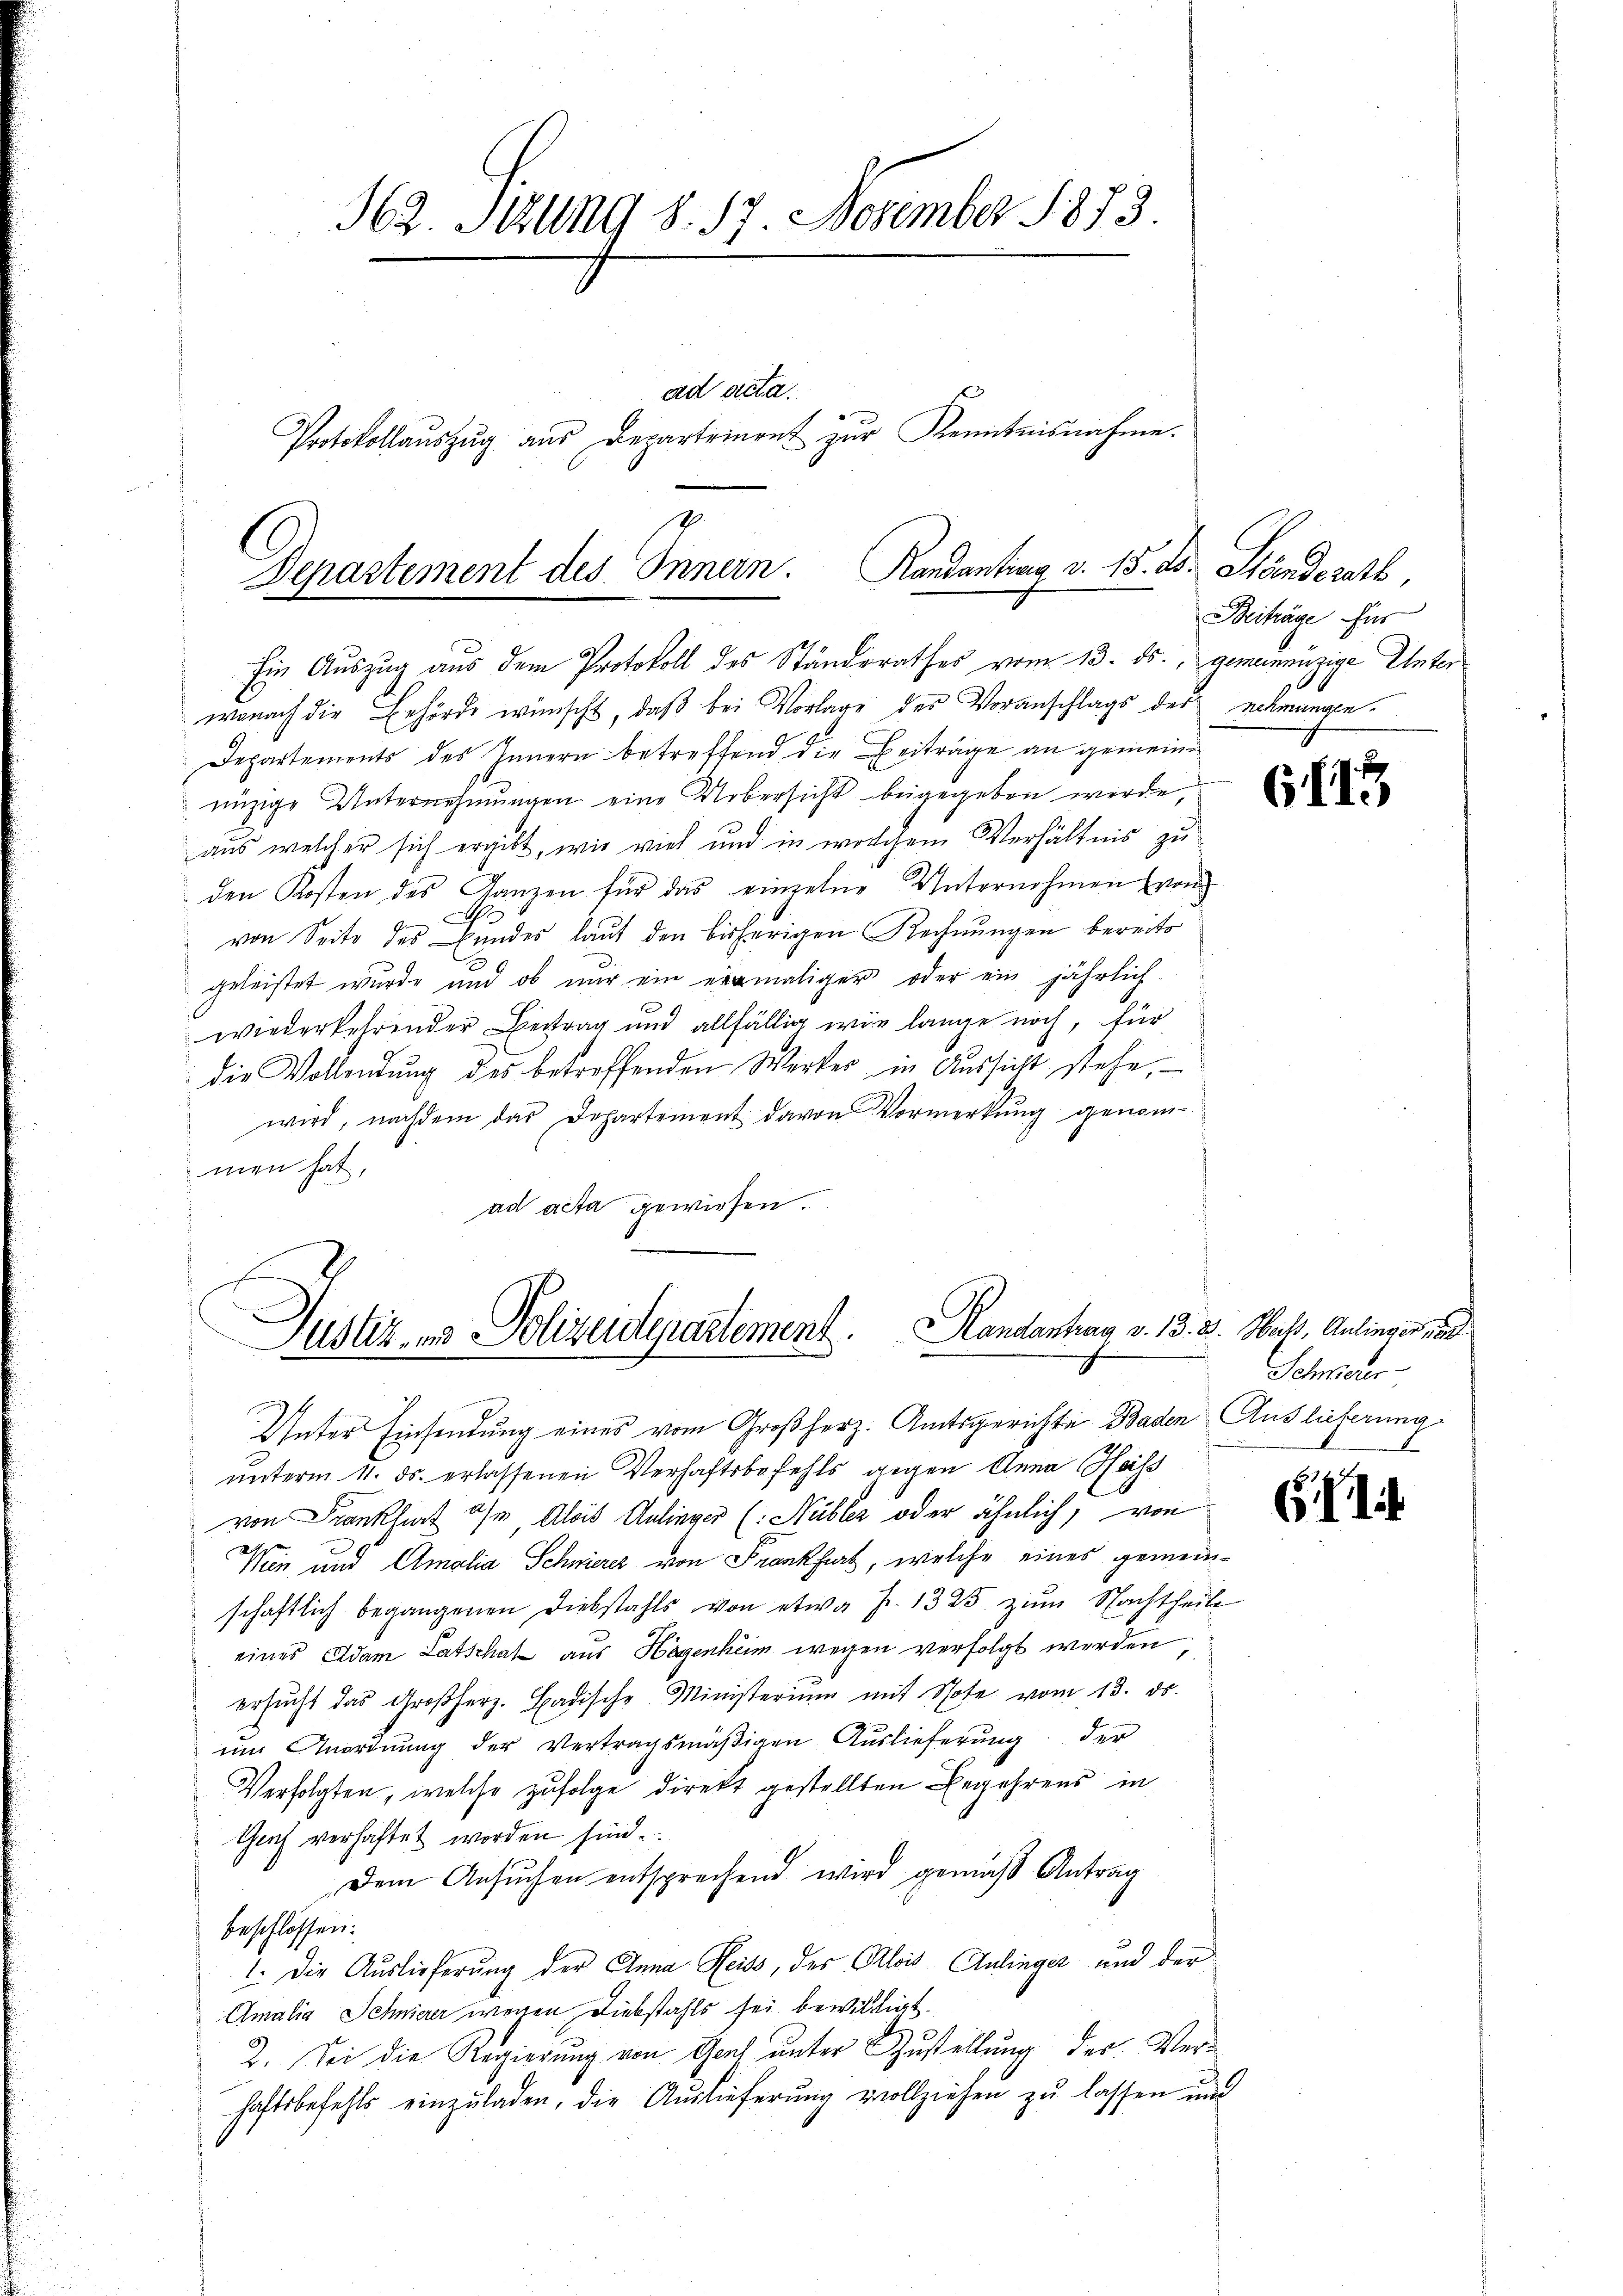
H62. Stung §. 17. November 1873.
ad acta.
Protokollaŭszŭg aŭs Departement zur Kenntnisnahme.

Departement des Innern. Randantrag v. 15. ds. Ständerath,

Ein Auszug aus dem Protokoll des Ständerathes vom 13. ds., gemeinnüzige Unterwonach die Behörde wünscht, daβ bei Vorlage des Voranschlags des nehmungen.
Departements des Innern betreffend die Beiträge an gemeineizige Unternehmungen eine Uebersicht beigegeben werde,
aus welcher sich ergibt, wie viel und in welchem Verhältnis zu
den Kosten des Ganzen für das einzelne Unternehmen (von
1
von Seite des Bundes laut den bisherigen Rechnungen bereits
geleistet wurde und ob nur ein einmaliger oder ein jährlich
wiederkehrender Beitrag und allfällig wie lange noch, für
die Vollendung des betreffenden Werker in Aussicht stehe,
wird, nachdem das Departement davon Vormerkung genommen hat,
ad acta gewiesen.
Unter Einsendung eines vom Großherz. Amtsgerichte Baden Auslieferung
unterm 11. ds. erlassenen Verhaftsbefehls gegen Anna Heiss
von Frankfurt a/m Alois Anlinger (Nübler oder ähnlich, von
Win und Amalia Schnierer von Frankfurt, welche eines gemeinschaftlich begangenen Diebstahls von etwa Fr. 1325 zŭm Nachtheile
eines Adam Latschat aus Hegenheim wegen verfolgt werden
ersŭcht das Großherz. Badische Ministeriŭm mit Schofe vom 13. ds.
eine Anordnung der Vertragsmäßigen Auslieferung der
Verfolgten, welche zufolge direkt gestellten Begehrens in
Ghach verhaftet worden sind.
Dem Ansuchen entsprechend wird gemäß Antrag
beschlossen:
1. Die Auslieferung der Anna Heiss, des Alois Anlinger und der
Amalia Schnierer wegen Diebstahls sei bewilligt.
2. Sei die Regierung von Genf unter Zustellung der Verhaftsbefehls einzŭladen, die Aŭslieferŭng vollziehen zŭ lassen und

Justiz- und Polizeiterartement. Handantrag v. 13. 3. Mais, Anlieger 18

Beiträge für

6113

Schwerer

i